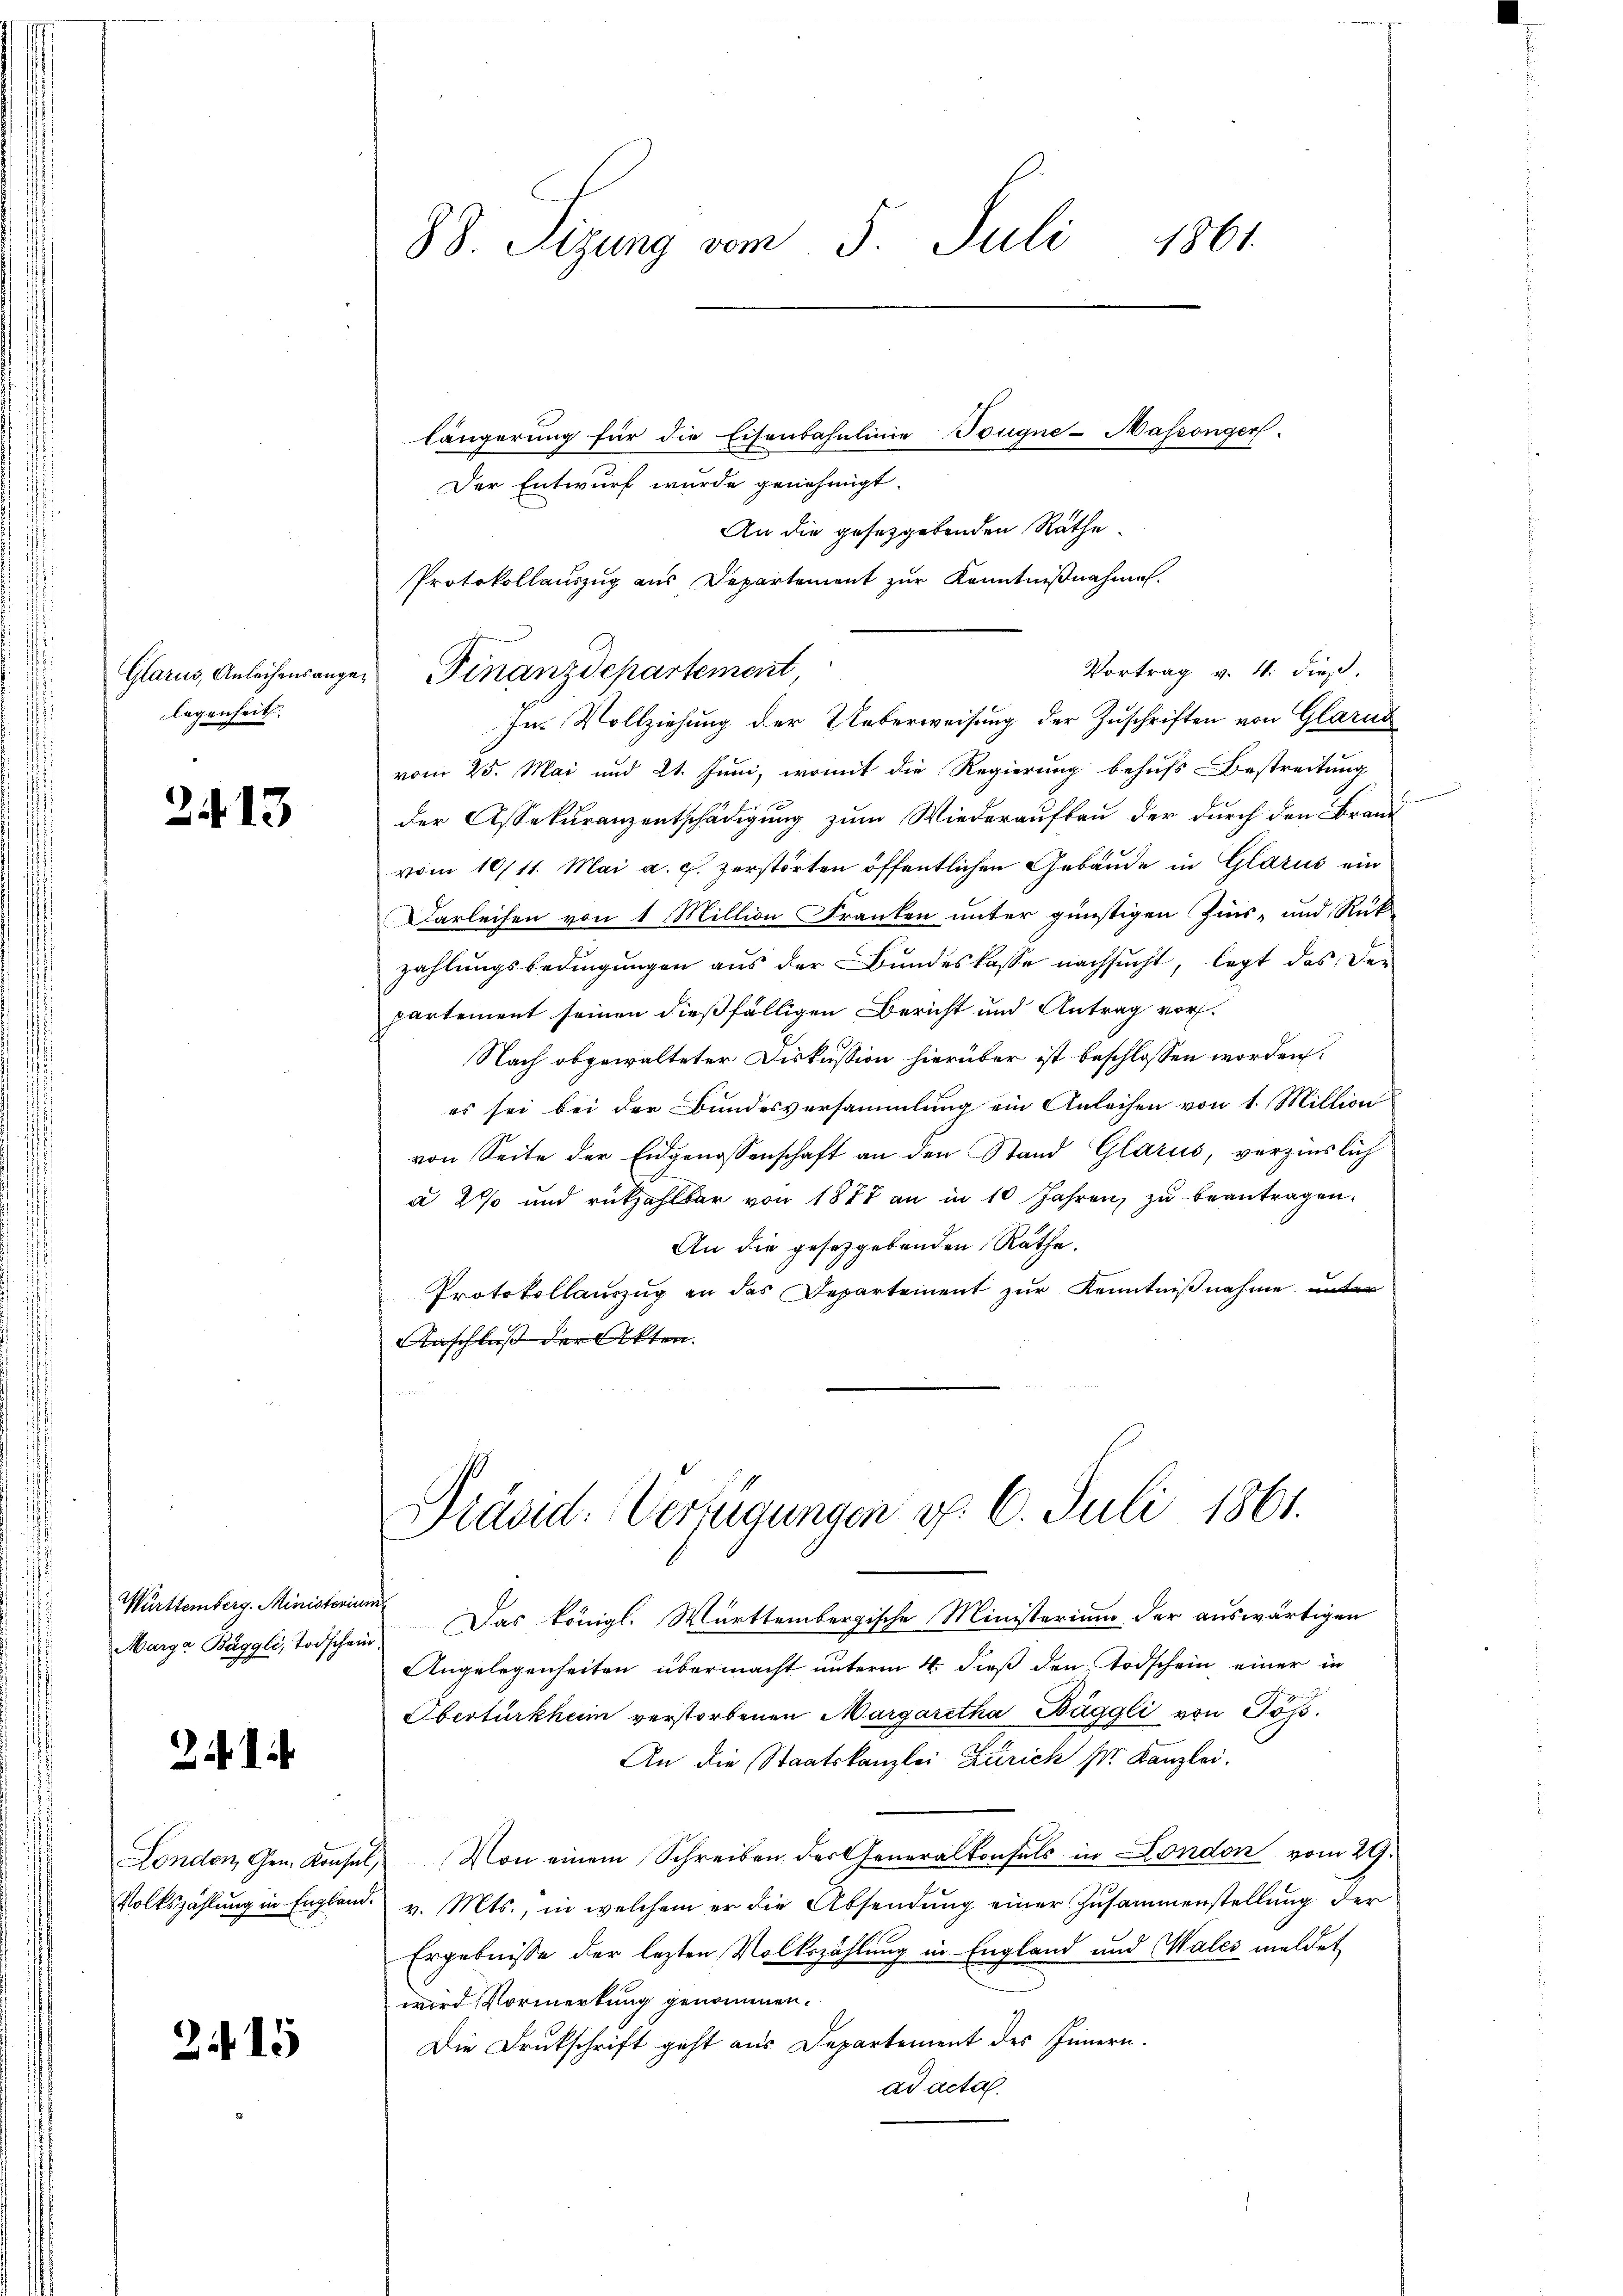
legenheit

2413

Württemberg. Ministerium

214

215

88. Sitzung vom 5. Juli 1861

vom 25. Mai und 21. Juni, womit die Regierung behufs Bestreitung
der Assekuranzentschädigung zum Wiederaufbau der durch den Brand
vom 10/11. Mai a. g. zerstörten öffentlichen Gebäude in Glarus ein
Darleihen von 1 Million Franken unter günstigen Zins- und Rück
zahlungsbedingungen aus der Bundeskasse nachsucht, legt das der
partement seinen dießfälligen Bericht und Antrag vor¬
Nach abgewalteter Diskussion hierüber ist beschlossen worden.
es sei bei der Bundesversammlung ein Anleihen von 1. Million
von Seite der Eidgenossenschaft an den Stand Glarus, verzinslich
à 2% und rückzahlbar von 1877 an in 10 Jahren zu beantragen.
An die gesetzgebenden Räthe.
Protokollauszug an das Departement zur Kenntnißnahme unter
Anschluß der Akten.

längerung für die Eisenbahnlinie Tougne- Massenger.
Der Entwurf wurde genehmigt.
An die gesetzgebenden Rathe
Protokollauszug aus Departement zŭr Kenntnißnahme.

Vortrag v. 4. dieß,
Glarus, Anleihensanger Finanzdepartement,
In Vollziehung der Ueberweisung der Zuschriften von Glarus

Präsid. Verfügungen d. 6. Juli 1861.

Marga Buggli, Todschein Das königl. Württembergische Ministerium der auswärtigen
Angelegenheiten übermacht unterm 4. dieß den Todschein einer in
Obertürkheim verstorbenen Margaretha Bäggli von Pöss.
An die Staatskanzlei Zürich pr. Kanzlei.
London, Gen. Konsul, Von einem Schreiben der Generalkonsuls in London vom 29.
Volkszählung in England. v. Mts., in welchem er die Absendung einer Zusammenstellung der
Ergebnisse der lezten Volkszählung in England und Wales meldet
wird Vormerkung genommen.
Die Deutschrift geht aus Departement des Innern.
ad acta.